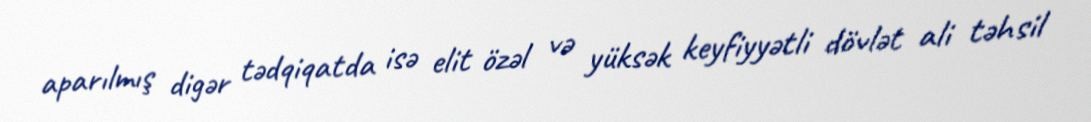
aparılmış digər tədqiqatda isə elit özəl və yüksək keyfiyyətli dövlət ali təhsil